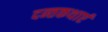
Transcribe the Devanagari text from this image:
दन्तकथाएं